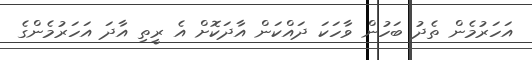
އަހަރުމެން ތެދު ބަހުން ވާހަކަ ދައްކަން އާދަކޮށް އެ ރީތި އާދަ އަހަރުމެންގެ